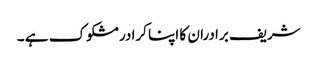
شریف برادران کا اپنا کرادر مشکوک ہے ۔